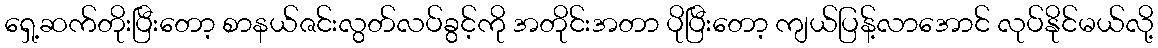
ရှေ့ဆက်တိုးပြီးတော့ စာနယ်ဇင်းလွတ်လပ်ခွင့်ကို အတိုင်းအတာ ပိုပြီးတော့ ကျယ်ပြန့်လာအောင် လုပ်နိုင်မယ်လို့